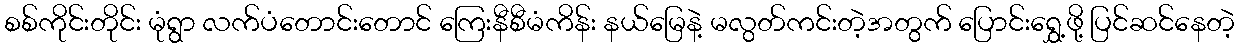
စစ်ကိုင်းတိုင်း မုံရွာ လက်ပံတောင်းတောင် ကြေးနီစီမံကိန်း နယ်မြေနဲ့ မလွတ်ကင်းတဲ့အတွက် ပြောင်းရွှေ့ဖို့ ပြင်ဆင်နေတဲ့